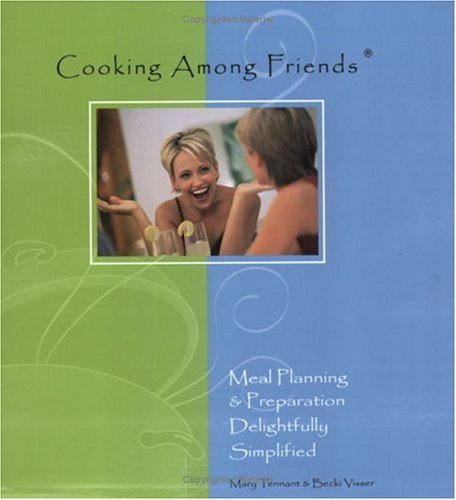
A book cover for Cooking among friends: Meal planning and preparation delightfully simplified; Mary Tennant; Cookbooks, Food & Wine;